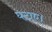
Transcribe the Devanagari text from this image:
घटाए।